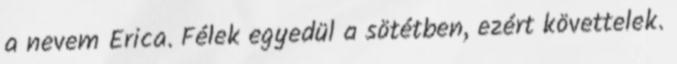
a nevem Erica. Félek egyedül a sötétben, ezért követtelek.